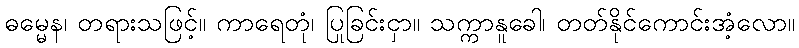
ဓမ္မေန၊ တရားသဖြင့်။ ကာရေတုံ၊ ပြုခြင်းငှာ။ သက္ကာနူခေါ၊ တတ်နိုင်ကောင်းအံ့လော။